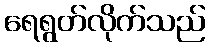
ရေရွတ်လိုက်သည်